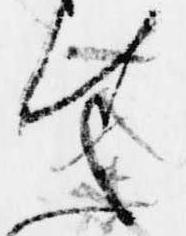
せ